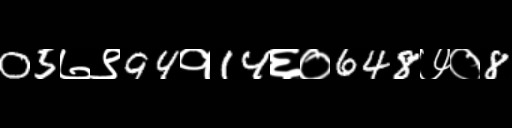
Text: 05७९94१14६०648७०8